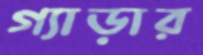
গ্যাড়ার